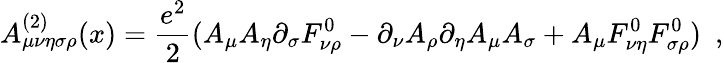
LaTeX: A_{\mu\nu\eta\sigma\rho}^{(2)}(x)=\frac{e^{2}}{2}(A_{\mu}A_{\eta}\partial_{\sigma}F_{\nu\rho}^{0}-\partial_{\nu}A_{\rho}\partial_{\eta}A_{\mu}A_{\sigma}+A_{\mu}F_{\nu\eta}^{0}F_{\sigma\rho}^{0})\, \, \, ,